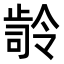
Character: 𭭭